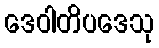
ဒေဝါတိပဒေသု